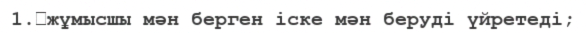
1.	жұмысшы мән берген іске мән беруді үйретеді;